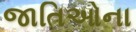
જાતિઓના